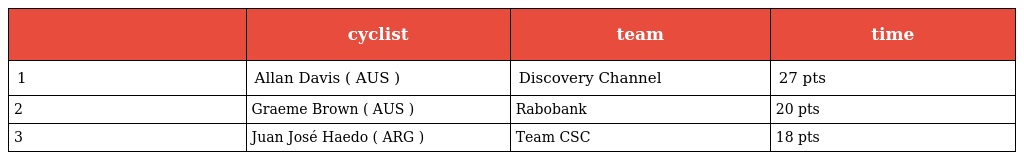
|  | cyclist | team | time |
 | --- | --- | --- | --- |
 | 1 | Allan Davis ( AUS ) | Discovery Channel | 27 pts |
 | 2 | Graeme Brown ( AUS ) | Rabobank | 20 pts |
 | 3 | Juan José Haedo ( ARG ) | Team CSC | 18 pts |